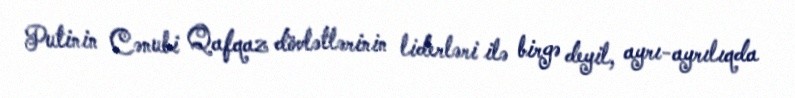
Putinin Cənubi Qafqaz dövlətlərinin liderləri ilə birgə deyil, ayrı-ayrılıqda